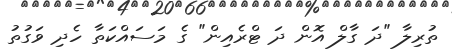
ތުރިލާ "ދަ ގާލް އޮން ދަ ޓްރެއިން" ގެ މަސައްކަތާ ހެދި ވަގުތު